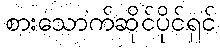
စားသောက်ဆိုင်ပိုင်ရှင်